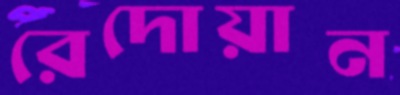
রেদোয়ান